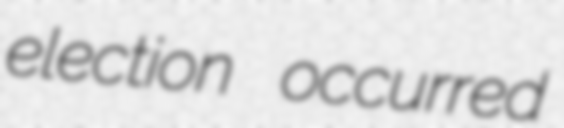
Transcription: election occurred